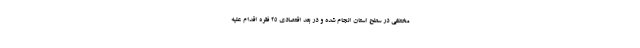
مختلفی در سطح استان انجام شده و در بعد اقتصادی ۲۵ فقره اقدام علیه